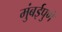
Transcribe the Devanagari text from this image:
मुंबईपुणे